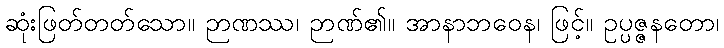
ဆုံးဖြတ်တတ်သော။ ဉာဏဿ၊ ဉာဏ်၏။ အာနာဘဝေန၊ ဖြင့်။ ဥပ္ပဇ္ဇနတော၊